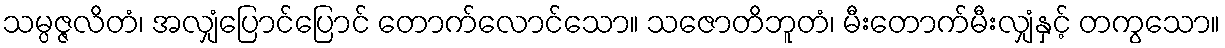
သမ္ပဇ္ဇလိတံ၊ အလျှံပြောင်ပြောင် တောက်လောင်သော။ သဇောတိဘူတံ၊ မီးတောက်မီးလျှံနှင့် တကွသော။